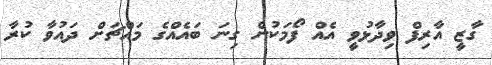
ގާޒީ އާރިފް ވިދާޅުވީ އެއް ފޯމަކުން ގިނަ ބައެއްގެ މައްޗަށް ދައުވާ ކުރާ